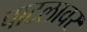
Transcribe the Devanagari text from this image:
पाटलावर